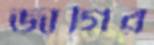
জাগির